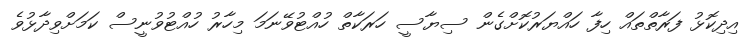
އިދިކޮޅު ފަރާތްތައް ހިފާ ހައްޔަރުކޮށްގެން ސިޔާސީ ހަރަކާތް ހުއްޓުވޭނަމަ މިހާރު ހުއްޓުވުނީސް ކަމަށްވިދާޅުވެ